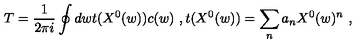
T = \frac { 1 } { 2 \pi i } \oint d w t ( X ^ { 0 } ( w ) ) c ( w ) \ , t ( X ^ { 0 } ( w ) ) = \sum _ { n } a _ { n } X ^ { 0 } ( w ) ^ { n } \ ,